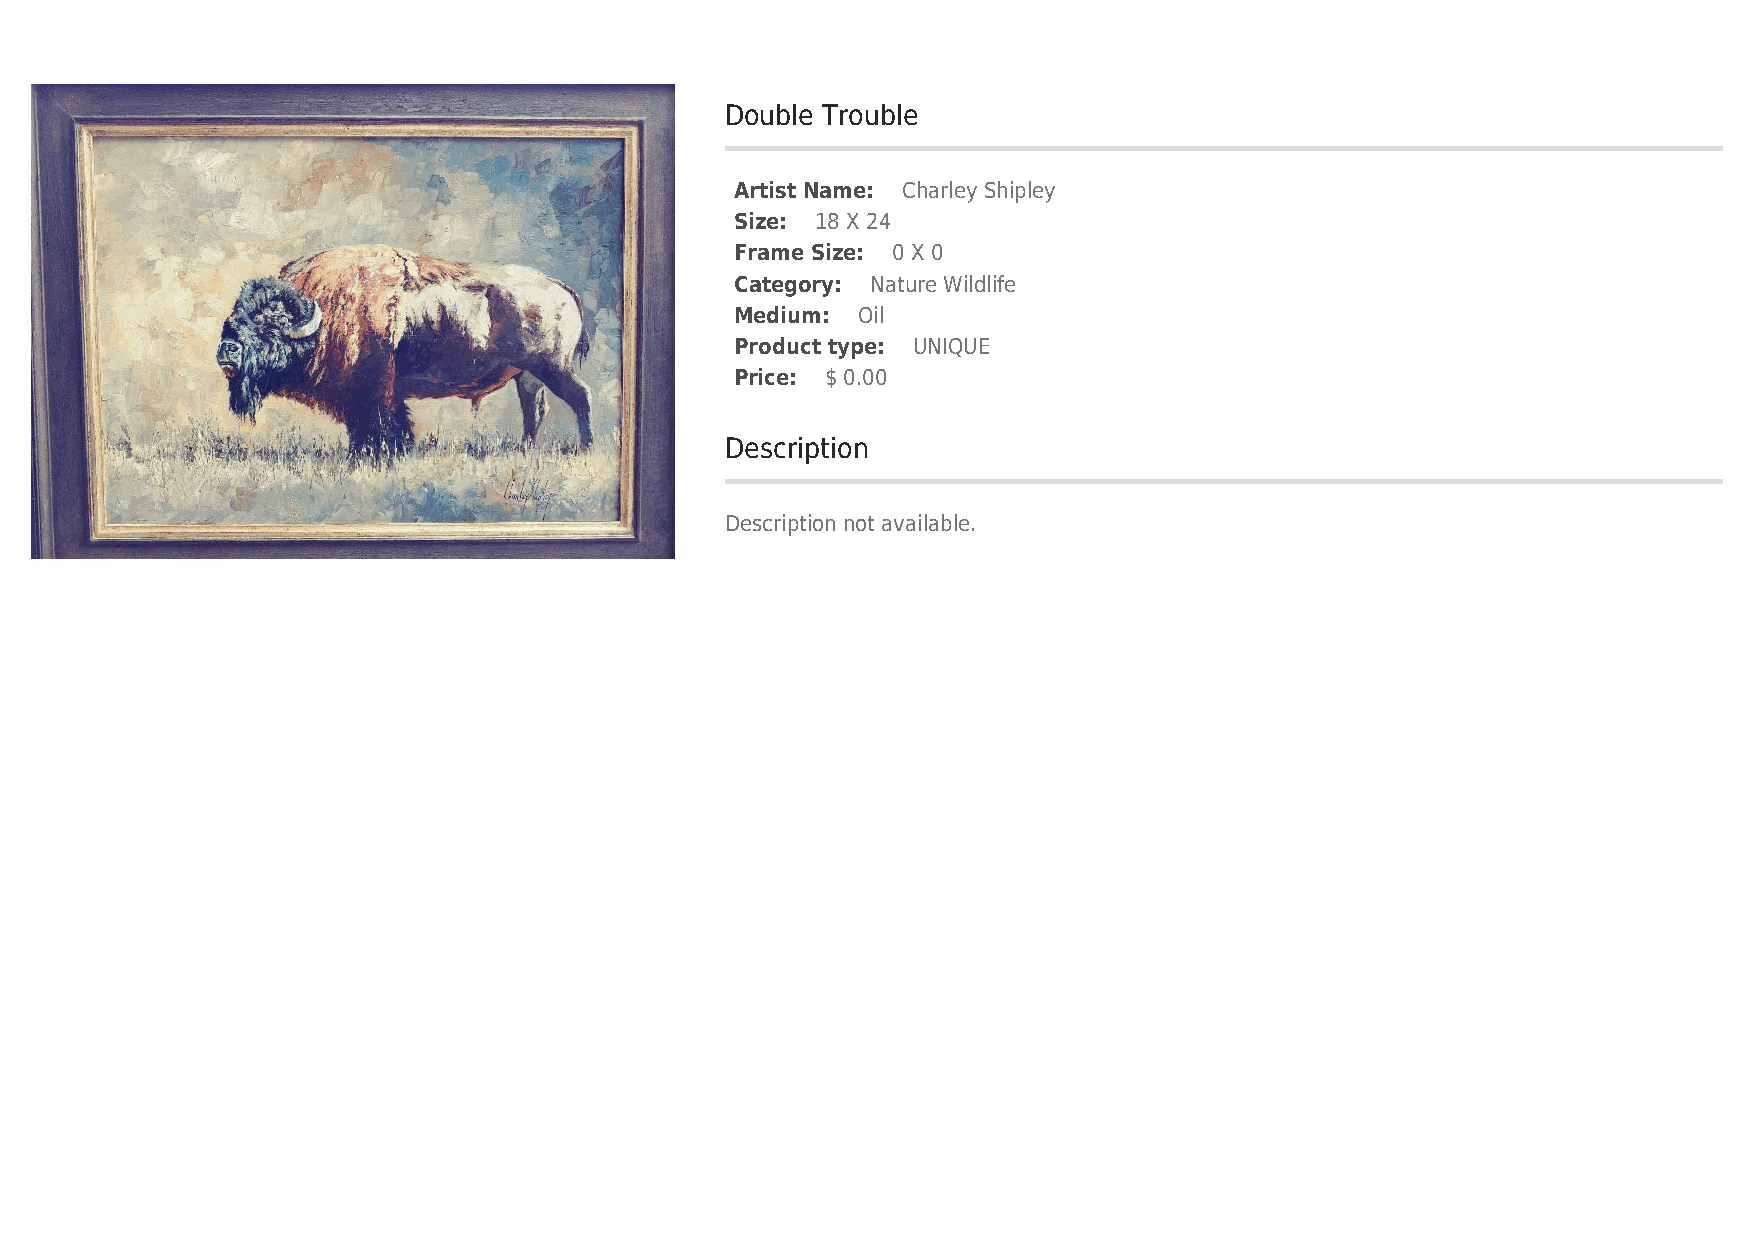
Double Trouble
 Artist Name: Charley Shipley
 Size: 18 X 24
 Frame Size: 0 X 0
 Category: Nature Wildlife
 Medium: Oil
 Product type: UNIQUE
 Price: $ 0.00
 Description
 Description not available.